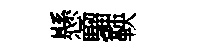
懸騮鞅